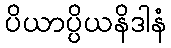
ပိယာပ္ပိယနိဒါနံ